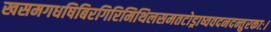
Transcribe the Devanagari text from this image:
खसमगधषिबिरगिरिमिथिलसमतटोड्राष्ववदनदन्तुरकाः।